Annual report on the working of the lock hospitals in the Central Provinces
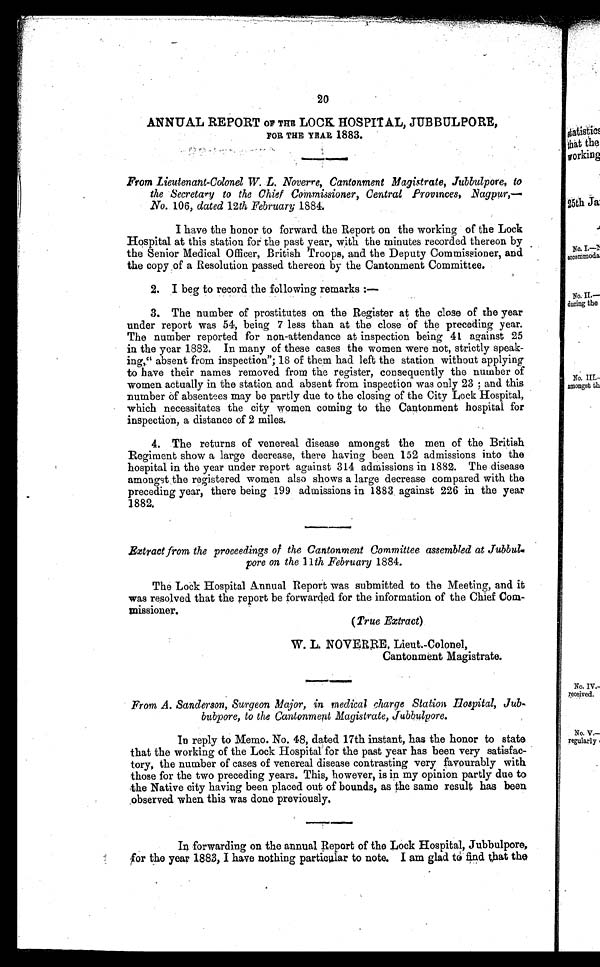
20
ANNUAL REPORT OF THE LOCK HOSPITAL, JUBBULPORE,
FOR THE YEAR 1883.
F r o m L i e u t e n a n t - C o l o n e l W . L . N o v e r r e , C a n t o n m e n t M a g i s t r a t e , J u b b u l p o r e , t o
the Secretary to the Chief Commissioner, Central Provinces, Nagpur,—
No. 106, dated 12th February 1884.
I have the honor to forward the Report on the working of the Lock
Hospital at this station for the past year, with the minutes recorded thereon by
the Senior Medical Officer, British Troops, and the Deputy Commissioner, and
the copy of a Resolution passed thereon by the Cantonment Committee.
2.
I beg to record the following remarks :—
3.
The number of prostitutes on the Register at the close of the year
under report was 54, being 7 less than at the close of the preceding year.
The number reported for non-attendance at inspection being 41 against 25
in the year 1882. In many of these cases the women were not, strictly speak
ing," absent from inspection"; 18 of them had left the station without applying
to have their names removed from the register, consequently the number of
women actually in the station and absent from inspection was only 23 ; and this
number of absentees may be partly due to the closing of the City Lock Hospital,
which necessitates the city women coming to the Cantonment hospital for
inspection, a distance of 2 miles.
4.
The returns of venereal disease amongst the men of the British
Regiment show a large decrease, there having been 152 admissions into the
hospital in the year under report against 314 admissions in 1882. The disease
amongst the registered women also shows a large decrease compared with the
preceding year, there being 199 admissions in 1883 against 226 in the year
1882.
Extract from the proceedings of the Cantonment Committee assembled at Jubbul
pore on the 11 th February 1884.
The Lock Hospital Annual Report was submitted to the Meeting, and it
was resolved that the report be forwarded for the information of the Chief Com
missioner.
(True Extract).
W. L. NOVERRE, Lieut.-Colonel,
Cantonment Magistrate.
From A. Sanderson, Surgeon Major, in medical change Station Hospital, Jub
bubpore, to the Cantonment Magistrate, Jubbulpore.
In reply to Memo. No. 48, dated 17th instant, has the honor to state
that the working of the Lock Hospital for the past year has been very satisfac
tory, the number of cases of venereal disease contrasting very favourably with
those for the two preceding years. This, however, is in my opinion partly due to
the Native city having been placed out of bounds, as the same result has been
observed when this was done previously.
In forwarding on the annual Report of the Lock Hospital, Jubbulpore,
for the year 1883, I have nothing particular to note. I am glad to find that the